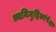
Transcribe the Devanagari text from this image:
ध्वनिमुद्रिकांपेक्षा